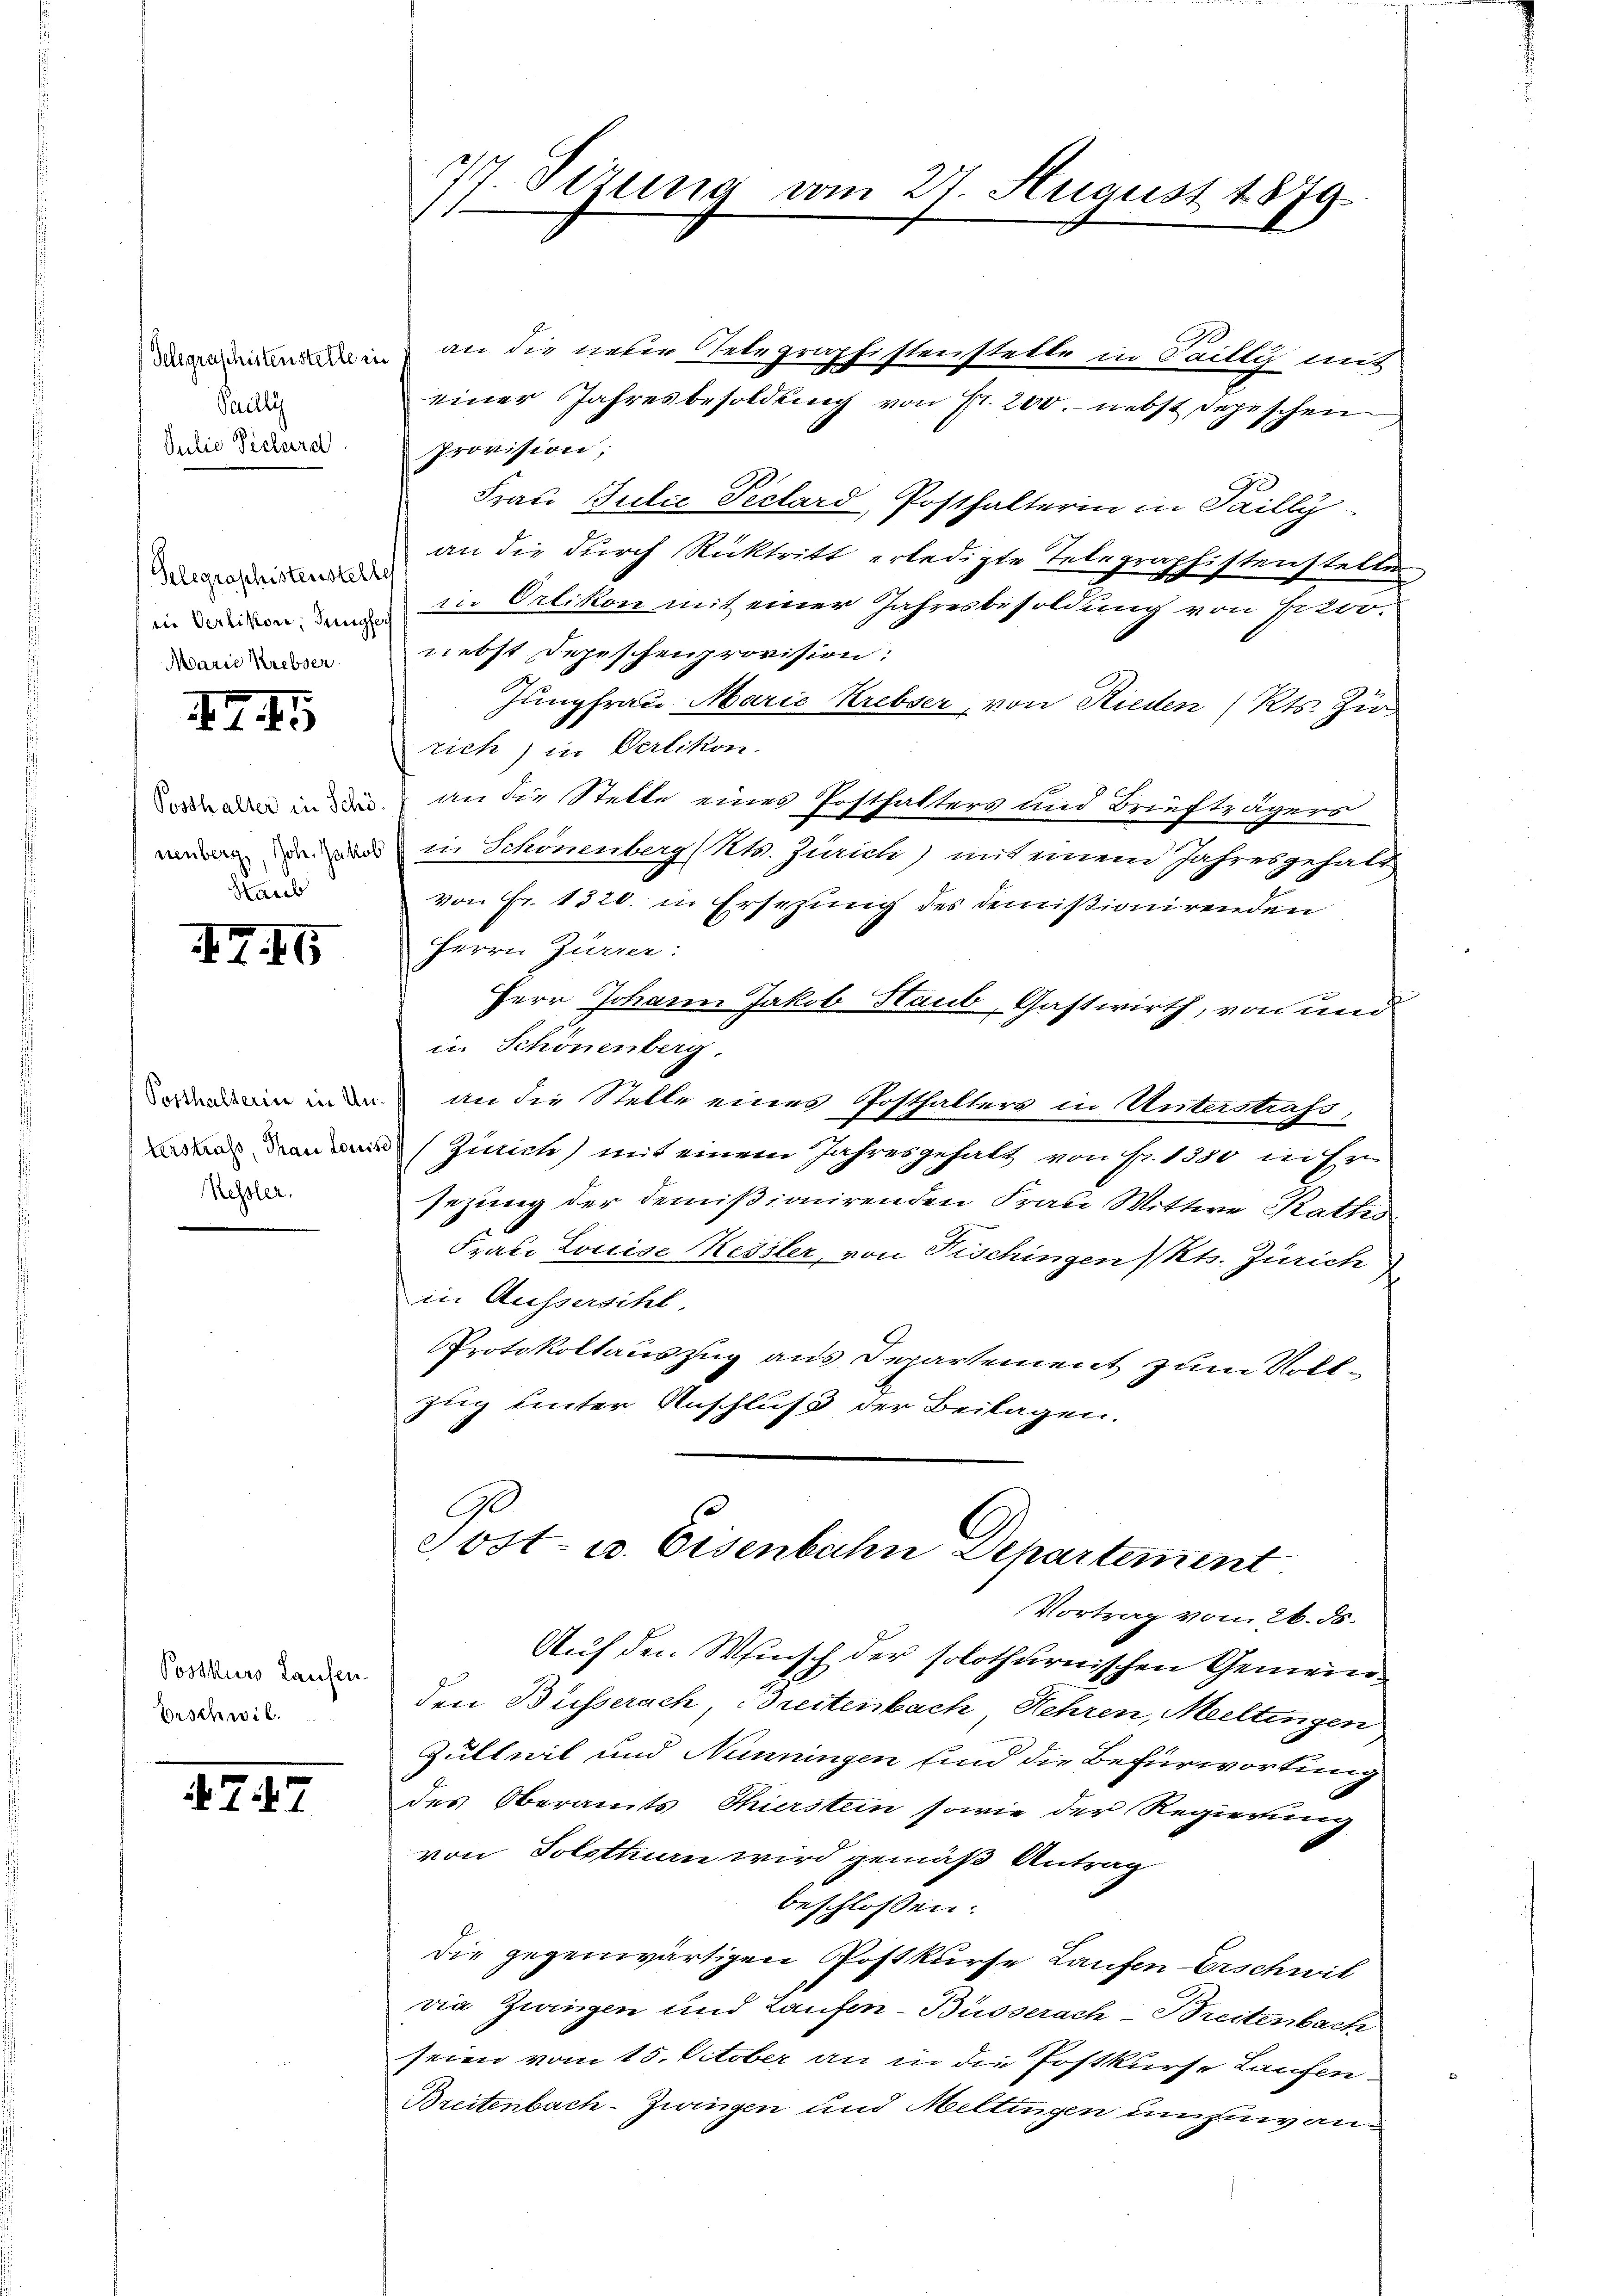
Telegraschistenstelle in
Pailli
Julie Pechard

II

Gelegraschistenstelle
in Verlikon, Tringfer
Marie Krebser

Posthalter in Schö¬
Staub

I76

Kessler.

Postkurs Laufen.
Erschwil.

747

an die neben Telegraphistenstelle in Failli mit
einer Jahresbesoldung von Fr. 200. nebst depeschen
Provision;
Frau Julie Peclard, Posthalterin in Pailly
an die durch Rücktritt erledigte Telegraphistenstelle
in Orlikon mit einer Jahresbesoldung von Proo.
nebst Depeschenprovision:
Jungfrau Marie Krebser, von Rieden (Kts. Zir
rich) in Verlikon.
an die Stelle eines Posthalters und Briefträgers
 in Schönenberg Kts. Zürich) mit einem Jahresgehalt
von Fr. 1820. in Ersezung des demisionirenden
Herrn Zürrer:
Herr Johann Jakob Staub, Gastwirth, von und
in Schönenberg.
in in an die Stelle eines Posthalters in Unterstrafs-
n den (Zürich) mit einem Jahresgehalt von Fr. 1300 in Er
sezung der demißionirenden Frau Wittwe Raths¬
Frate Louise Kessler, von Fischingen) Kts. Zürich
f
in Aussersihl.
Protokollauszug aus Departement zum Voll¬
Zug unter Anschluß der Beilagen.
0
Tost- u. Eisenbahn Departement
Vortrag vom 26. ds.
Auf den Wunsch der solothurnischen Gemeinden Busserach, Breitenbach, Hehren, Meltingen
Zutheil und Nenningen sind die Befürwortung
des Oberamts Thierstein sowie der Regierung
von Solotten wird gemäß Antrag
beschlossen:
Die gegenwärtigen Postkurse Laufen Erschwil
via Zurigen und Laufen-Büsserach- Breitenbach
seien vom 15. October an in die Postkurse Laufen.
Breitenbach-Zwingen und Meltingen umsinvan¬

77. Sizung am 27. August 1879.